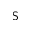
{ \sf S }